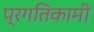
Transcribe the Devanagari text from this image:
प्रगतिकामी